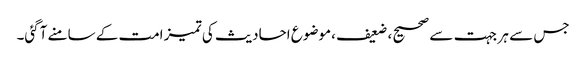
جس سے ہر جہت سے صحیح ، ضعیف ،موضوع احادیث کی تمیز امت کے سامنے آگئی۔